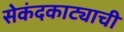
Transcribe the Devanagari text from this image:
सेकंदकाट्याची